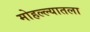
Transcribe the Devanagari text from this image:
मोहल्ल्यातला